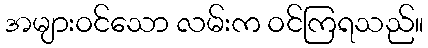
အများဝင်သော လမ်းက ဝင်ကြရသည်။